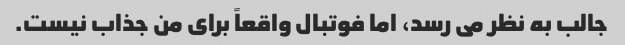
جالب به نظر می رسد، اما فوتبال واقعاً برای من جذاب نیست.